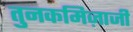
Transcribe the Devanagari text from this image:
तुनकमिज़ाजी